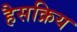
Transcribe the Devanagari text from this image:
हैसक्रिय